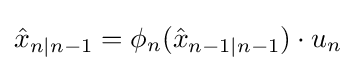
{\hat {x}}_{n|n-1}=\phi _{n}({\hat {x}}_{n-1|n-1})\cdot u_{n}